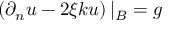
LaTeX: \left( \partial _ { n } u - 2 \xi { k } u \right) | _ { \cal B } = g